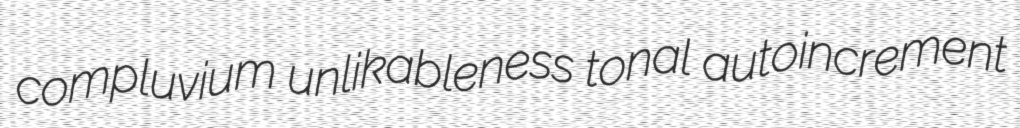
compluvium unlikableness tonal autoincrement